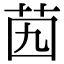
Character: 𦭉